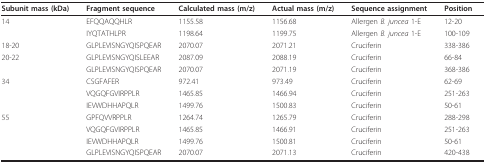
| Subunit mass (kDa) | Fragment sequence | Calculated mass (m/z) | Actual mass (m/z) | Sequence assignment | Position |
 | --- | --- | --- | --- | --- | --- |
 | 14 | EFQQAQQHLR | 1155.58 | 1156.68 | Allergen B. juncea 1-E | 12-20 |
 |  | IYQTATHLPR | 1198.64 | 1199.75 | Allergen B. juncea 1-E | 100-109 |
 | 18-20 | GLPLEVISNGYQISPQEAR | 2070.07 | 2071.21 | Cruciferin | 338-386 |
 | 20-22 | GLPLEVISNGYQISLEEAR | 2087.09 | 2088.19 | Cruciferin | 66-84 |
 |  | GLPLEVISNGYQISPQEAR | 2070.07 | 2071.19 | Cruciferin | 368-386 |
 | 34 | CSGFAFER | 972.41 | 973.49 | Cruciferin | 62-69 |
 |  | VQGQFGVIRPPLR | 1465.85 | 1466.94 | Cruciferin | 251-263 |
 |  | IEVWDHHAPQLR | 1499.76 | 1500.83 | Cruciferin | 50-61 |
 | 55 | GPFQVVRPPLR | 1264.74 | 1265.79 | Cruciferin | 288-298 |
 |  | VQGQFGVIRPPLR | 1465.85 | 1466.91 | Cruciferin | 251-263 |
 |  | IEVWDHHAPQLR | 1499.76 | 1500.81 | Cruciferin | 50-61 |
 |  | GLPLEVISNGYQISPQEAR | 2070.07 | 2071.13 | Cruciferin | 420-438 |